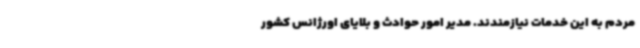
مردم به این خدمات نیازمندند. مدیر امور حوادث و بلایای اورژانس کشور